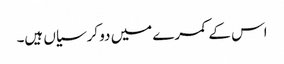
اس کے کمرے میں دو کرسیاں ہیں۔